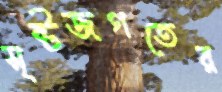
সৃষ্টজগতের